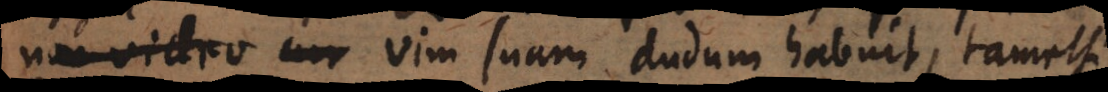
ito vim suam dudum habuit, tametsi